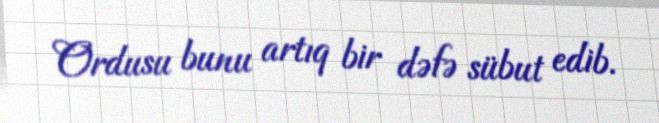
Ordusu bunu artıq bir dəfə sübut edib.